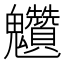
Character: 𩵆